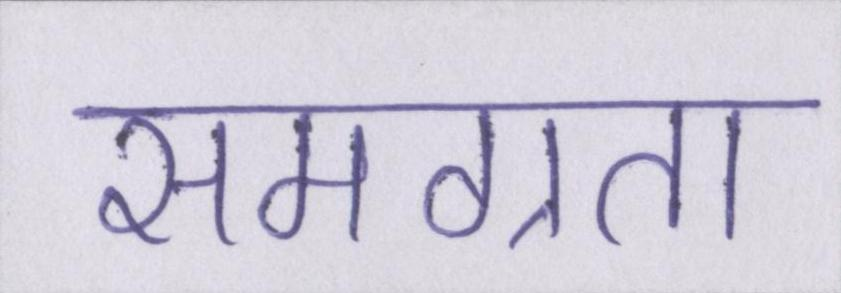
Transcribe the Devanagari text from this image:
समग्रता